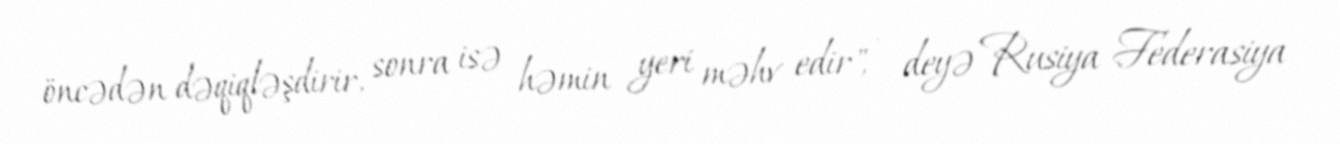
öncədən dəqiqləşdirir, sonra isə həmin yeri məhv edir", - deyə Rusiya Federasiya